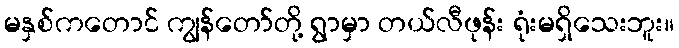
မနှစ်ကတောင် ကျွန်တော်တို့ ရွာမှာ တယ်လီဖုန်း ရုံးမရှိသေးဘူး။